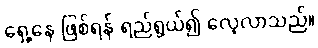
ရှေ့နေ ဖြစ်ရန် ရည်ရွယ်၍ လေ့လာသည်။